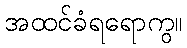
အထင်ခံရရောကွ။